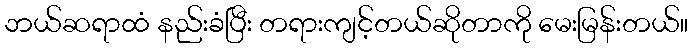
ဘယ်ဆရာထံ နည်းခံပြီး တရားကျင့်တယ်ဆိုတာကို မေးမြန်းတယ်။